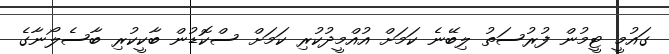
ގައުމީ ޓީމުން ފުރުސަތު ލިބޭނެ ކަމަށް އުއްމީދުކުރި ކަމަށް ސްކޮޑުން ބާކީކުރި ބާސެލޯނާގެ